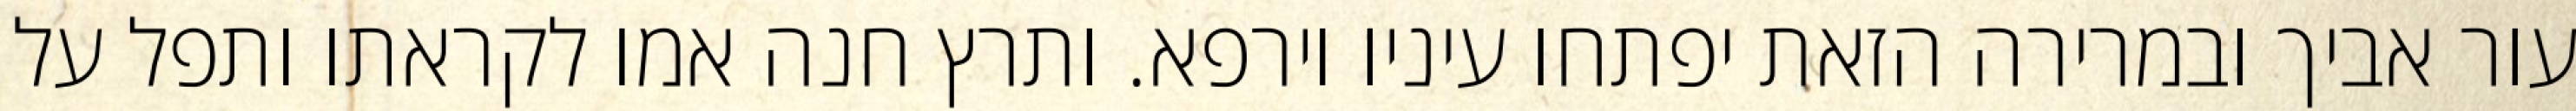
עור אביך ובמרירה הזאת יפתחו עיניו וירפא. ותרץ חנה אמו לקראתו ותפל על